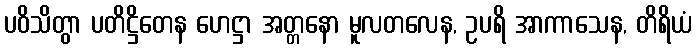
ပဝိသိတွာ ပတိဋ္ဌိတေန ဟေဋ္ဌာ အတ္တနော မူလတလေန, ဥပရိ အာကာသေန, တိရိယံ